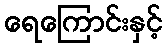
ရေကြောင်းနှင့်